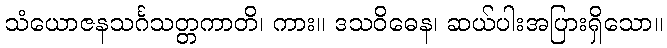
သံယောဇနသင်္ဂသတ္တကာတိ၊ ကား။ ဒသဝိဓေန၊ ဆယ်ပါးအပြားရှိသော။